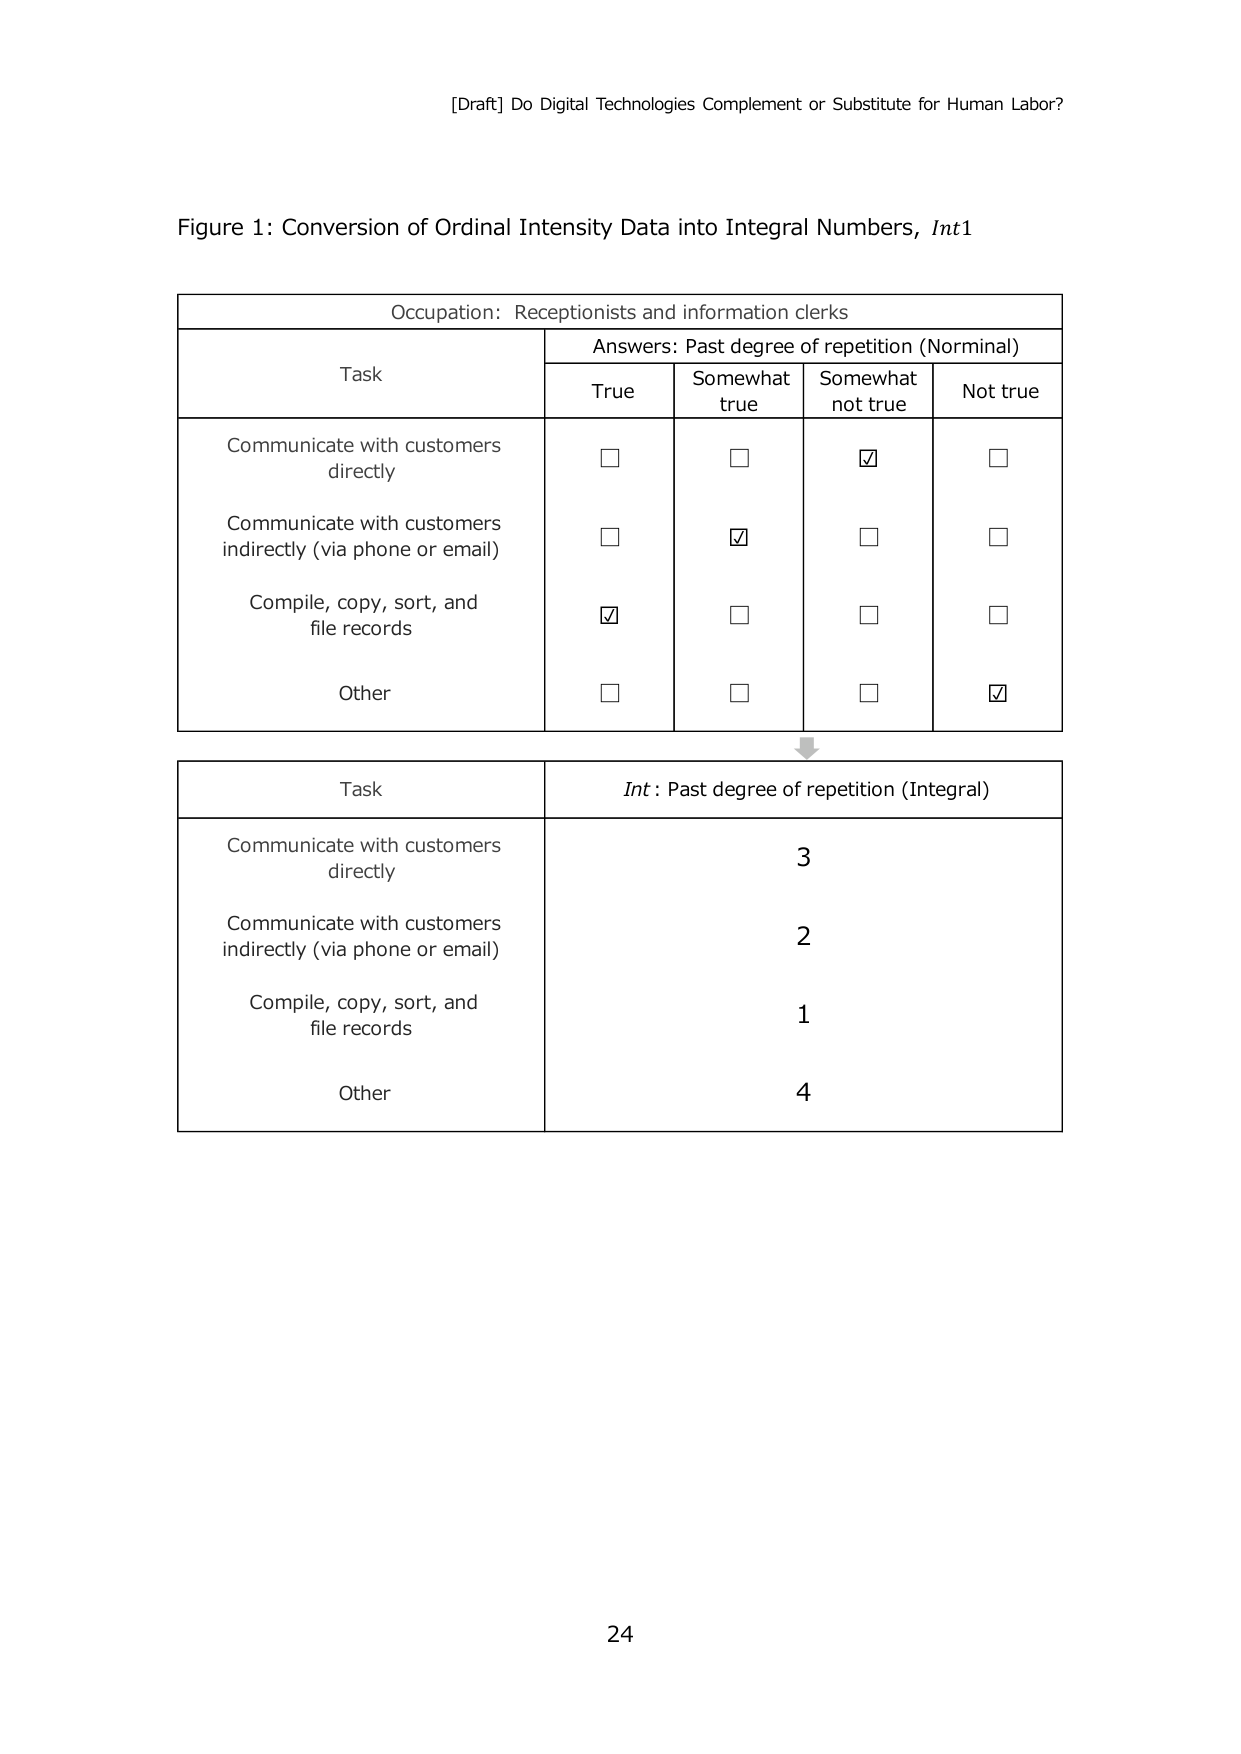
[Draft] Do Digital Technologies Complement or Substitute for Human Labor?

Figure 1: Conversion of Ordinal Intensity Data into Integral Numbers, Int1

Occupation: Receptionists and information clerks

Task                                      Answers: Past degree of repetition (Nominal)
                                           True       Somewhat true     Somewhat not true     Not true
Communicate with customers directly       □          □                 ✓                     □
Communicate with customers indirectly (via phone or email)   □          ✓                 □                     □
Compile, copy, sort, and file records   ✓          □                 □                     □
Other                                   □          □                 □                     ✓

↓

Task                                      Int: Past degree of repetition (Integral)
Communicate with customers directly       3
Communicate with customers indirectly (via phone or email)   2
Compile, copy, sort, and file records   1
Other                                   4

24